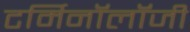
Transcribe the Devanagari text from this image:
टर्मिनॉलॉजी